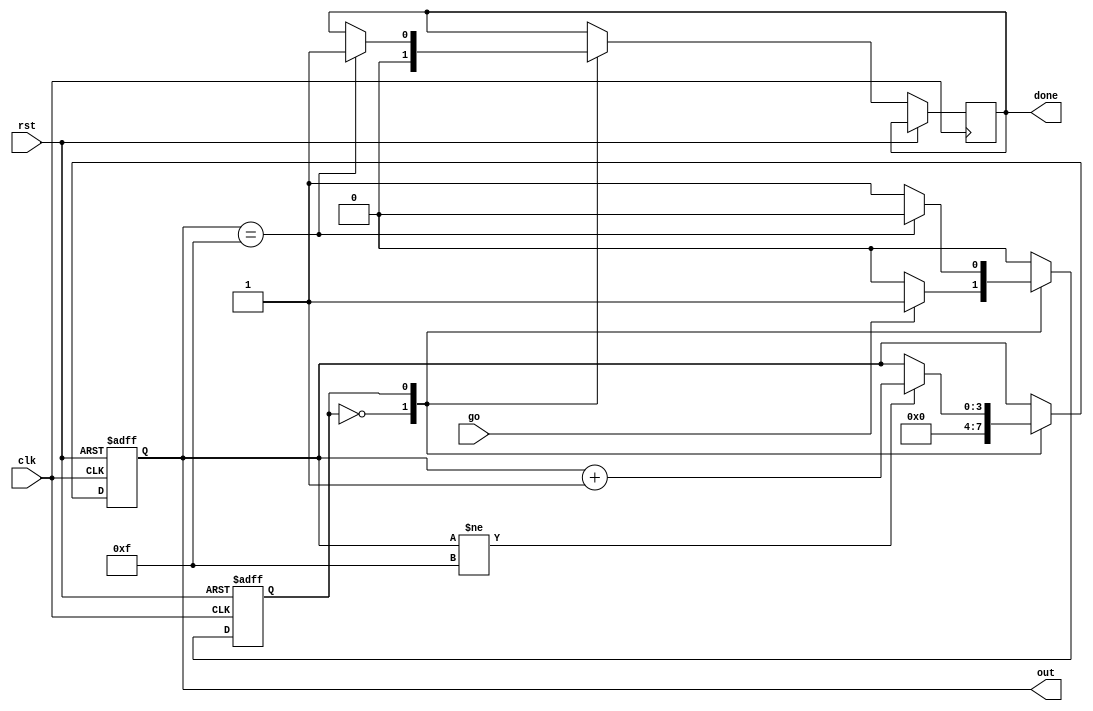
// Count up on button signal and stop.
//
// Parameters:
//      COUNT_UP    - 1 to count up, 0 to count down
//      MAX_COUNT   - Maximum number to count to
// 
// Inputs:
//      clk         - Clock input to module
//      rst         - Reset signal to clear state machine and counter
//      go          - Go signal to start state machine
// 
// Outputs:
//      out[3:0]    - Bus that counts from 0x0 to 0xf or 0xf to 0x0
//      done        - Signal that pulses on 1 clock cycle when FSM is complete
// 
// Send rising edge on go input to start counter. If up is 1, counter will
// count up. Otherwise, it will count down. 
//
// License: 0BSD

// Mealy state machine that counts when go signal is sent
module counter_fsm #(

    // Parameters
    parameter   COUNT_UP = 1'b1,    // 1'b1 to count up
    parameter   MAX_COUNT = 4'hF    // Maximum number to count to
) (

    // Inputs
    input               clk,
    input               rst,
    input               go,
    
    // Outputs
    output  reg [3:0]   out,
    output  reg         done
);

    // States
    localparam  STATE_IDLE      = 1'd0;
    localparam  STATE_COUNTING  = 1'd1;
    
    // Internal storage elements
    reg         state;
    
    // State transition logic
    always @ (posedge clk or posedge rst) begin
    
        // On reset, return to idle state
        if (rst == 1'b1) begin
            state <= STATE_IDLE;
            
        // Define the state transitions
        end else begin
            case (state)
            
                // Wait for go signal
                STATE_IDLE: begin
                    done <= 1'b0;
                    if (go == 1'b1) begin
                        state <= STATE_COUNTING;
                    end
                end
                
                // Go from counting to done if counting reaches max
                STATE_COUNTING: begin
                    if (COUNT_UP == 1'b1 && out == MAX_COUNT) begin
                        done <= 1'b1;
                        state <= STATE_IDLE;
                    end else if (COUNT_UP == 1'b0 && out == 0) begin
                        done <= 1'b1;
                        state <= STATE_IDLE;
                    end
                end
                
                // Go to idle if in unknown state
                default: state <= STATE_IDLE;
            endcase
        end
    end
    
    // Handle the counter output
    always @ (posedge clk or posedge rst) begin
        if (rst == 1'b1) begin
            out <= 4'd0;
        end else begin
            case (state)
            
                // Start counter at the right value
                STATE_IDLE: begin
                    if (COUNT_UP == 1'b1) begin
                        out <= 4'd0;
                    end else begin
                        out <= MAX_COUNT;
                    end
                end
                
                // Count up or down
                STATE_COUNTING: begin
                    if (COUNT_UP == 1'b1) begin
                        if (out != MAX_COUNT) out <= out + 1;
                    end else begin
                        if (out != 4'h0) out <= out - 1;
                    end
                end
                
                default: out <= out;
            endcase
        end
    end
    
endmodule